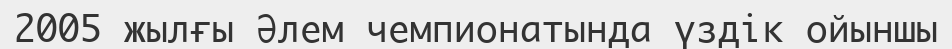
2005 жылғы Әлем чемпионатында үздік ойыншы